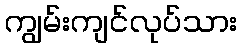
ကျွမ်းကျင်လုပ်သား